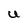
Character: U